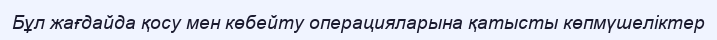
Бұл жағдайда қосу мен көбейту операцияларына қатысты көпмүшеліктер